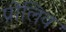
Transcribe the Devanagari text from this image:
प्रोलिव